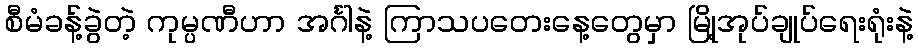
စီမံခန့်ခွဲတဲ့ ကုမ္ပဏီဟာ အင်္ဂါနဲ့ ကြာသပတေးနေ့တွေမှာ မြို့အုပ်ချုပ်ရေးရုံးနဲ့